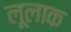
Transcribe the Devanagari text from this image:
लूलाक